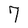
Character: 7